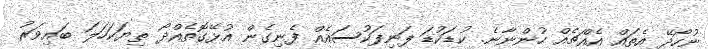
ނުހޯދޭ އެތައް އެއްޗެއް ހުންނާނެ. ކުޑަކުޑަ ފަނިފަކުސައެއް ފެނިގެން އުޅޭގޮތެއްދޯ ތިޔަކަހަލަ ބައިވަރު